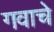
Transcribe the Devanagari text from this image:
गवाचे